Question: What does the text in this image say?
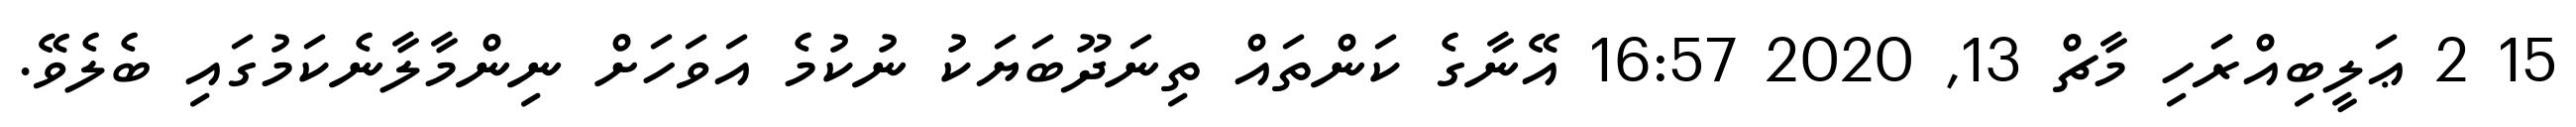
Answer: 15 2 ޢަލީބިއްރަަހި މާޗް 13, 2020 16:57 އޭނާގެ ކަންތައް ތިނަދޫބަޔަކު ނުކުމެ އަވަހަށް ނިންމާލާނެކަމުގައި ބެލެވޭ.